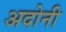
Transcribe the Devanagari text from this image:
अदोनी